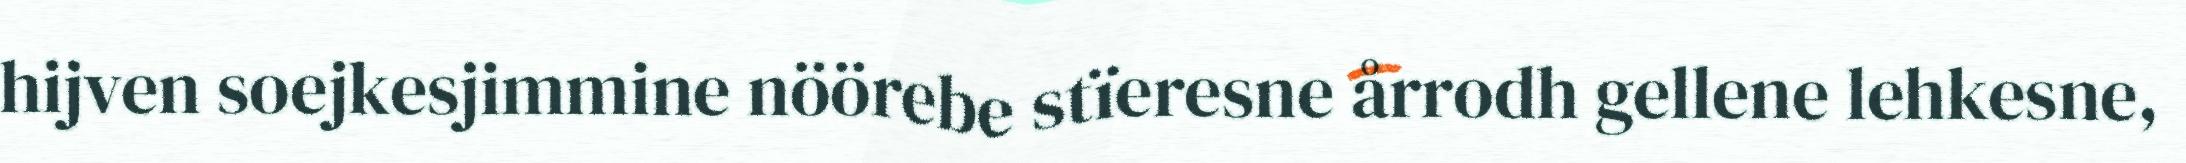
hijven soejkesjimmine nöörebe stïeresne årrodh gellene lehkesne,